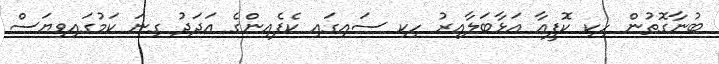
ބުނާގޮތުން ހިކި ކޮފީއާ އަޅާބަލާއިރު ހިކި ސައިގައި ކެފެއިންގެ އަދަދު ގިނަ ކަމުގައިވިޔަސް